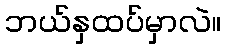
ဘယ်နှထပ်မှာလဲ။